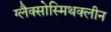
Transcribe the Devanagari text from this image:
ग्लैक्सोस्मिथक्लीन